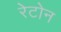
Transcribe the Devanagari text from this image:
रेटोन